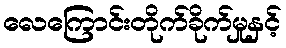
လေကြောင်းတိုက်ခိုက်မှုနှင့်